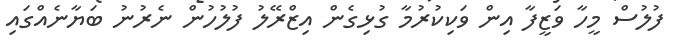
ފުލުސް މީހާ ވަޒީފާ އިން ވަކިކުރުމާ ގުޅިގެން އިޒްރޭލު ފުލުހުން ނެރުނު ބަޔާނެއްގައި